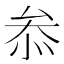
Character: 𠫵